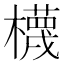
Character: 櫗